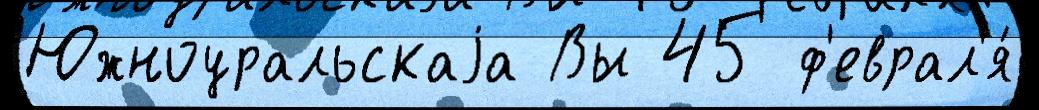
Южноуральскаjа Вы 45 ф'еврал'я́